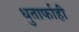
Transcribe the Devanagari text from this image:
धुतार्फाही